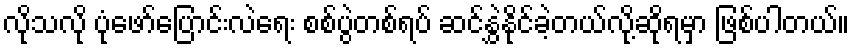
လိုသလို ပုံဖော်ပြောင်းလဲရေး စစ်ပွဲတစ်ရပ် ဆင်နွှဲနိုင်ခဲ့တယ်လို့ဆိုရမှာ ဖြစ်ပါတယ်။